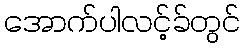
အောက်ပါလင့်ခ်တွင်